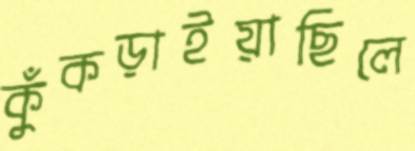
কুঁকড়াইয়াছিলে